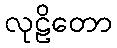
လုဠိတော